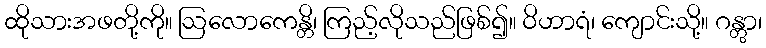
ထိုသားအဖတို့ကို။ ဩလောကေန္တိ၊ ကြည့်လိုသည်ဖြစ်၍။ ဝိဟာရံ၊ ကျောင်းသို့။ ဂန္တွာ၊